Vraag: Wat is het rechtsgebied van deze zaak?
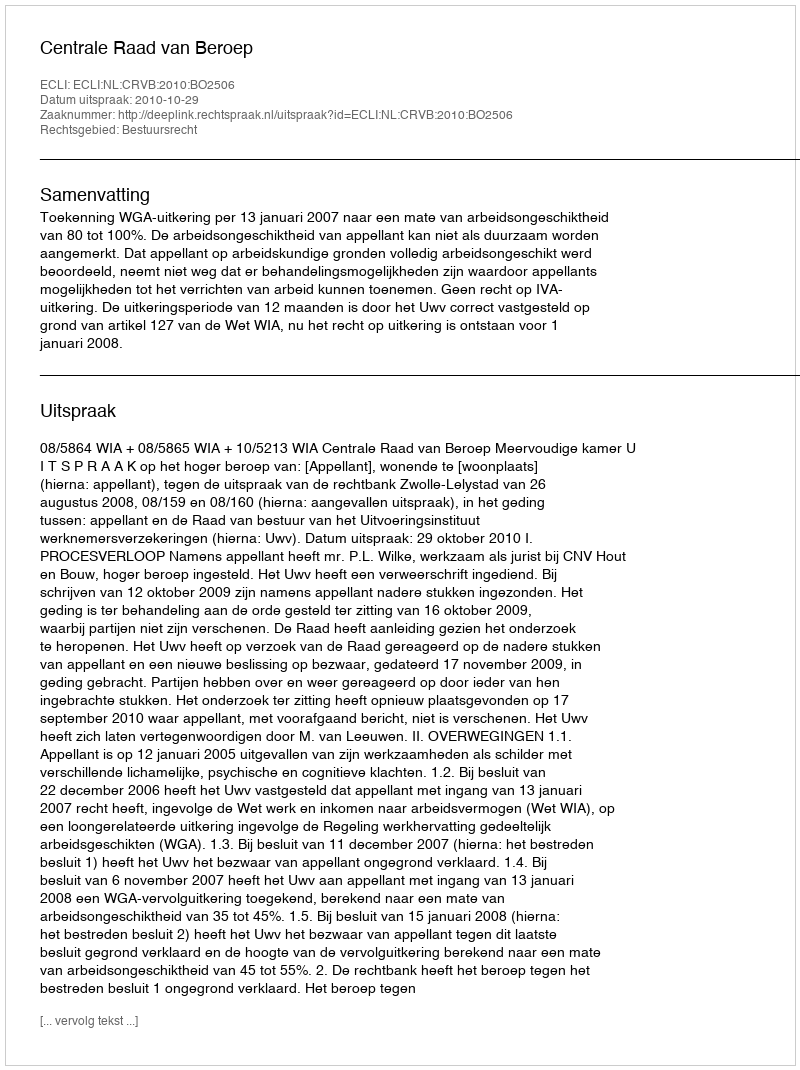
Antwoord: Bestuursrecht